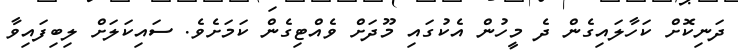
ދަނިކޮށް ކަހާލައިގެން ދެ މީހުން އެކުގައި މޫދަށް ވެއްޓިގެން ކަމަށެވެ. ސައިކަލަށް ލިބިފައިވާ